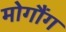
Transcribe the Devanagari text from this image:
मोगौंग